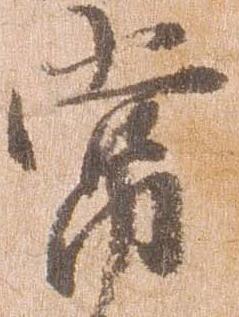
常